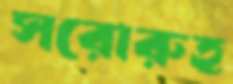
সরোরুহ